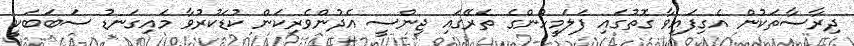
ދިރާސާތަކުން އެގިފައިވާ ގޮތުގައި ފަލަމީހުންގެ ތެރޭގައި ޖިންސީ އެދުންވެރިކަން ކުޑަކުރުވާ މައިގަނޑު ސަބަބަކީ